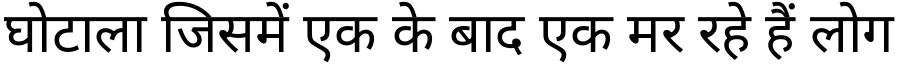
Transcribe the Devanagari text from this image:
घोटाला जिसमें एक के बाद एक मर रहे हैं लोग